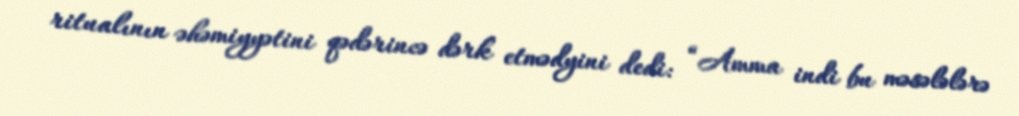
ritualının əhəmiyyətini qədərincə dərk etmədyini dedi: “Amma indi bu məsələlərə